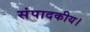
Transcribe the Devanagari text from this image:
संपादकीय।